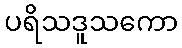
ပရိသဒူသကော